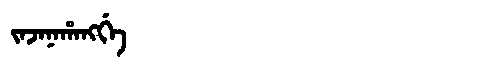
Manchu: ᠵᠠᠵᠠᠨᠠᡥᠠᠩᡤᡝ
Romanization: JAJANAHANGGE